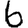
Digit: 6